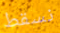
نسقط